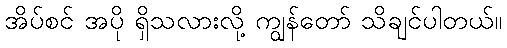
အိပ်စင် အပို ရှိသလားလို့ ကျွန်တော် သိချင်ပါတယ်။